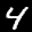
Label: 4